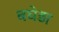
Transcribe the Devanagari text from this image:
बघेड़ा